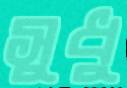
সুধু